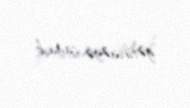
gətirməyə çağırıb.